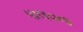
પાલવના